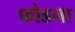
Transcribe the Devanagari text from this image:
फोडना